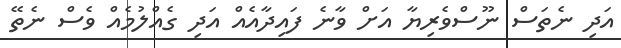
އަދި ނެތަސް ނޫސްވެރިޔާ އަށް ވާނެ ފައިދާއެއް އަދި ގެއްލުމެއް ވެސް ނެތޭ